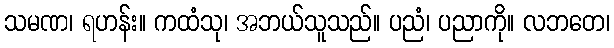
သမဏ၊ ရဟန်း။ ကထံသု၊ အဘယ်သူသည်။ ပညံ၊ ပညာကို။ လဘတေ၊